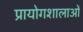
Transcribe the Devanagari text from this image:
प्रायोगशालाओं